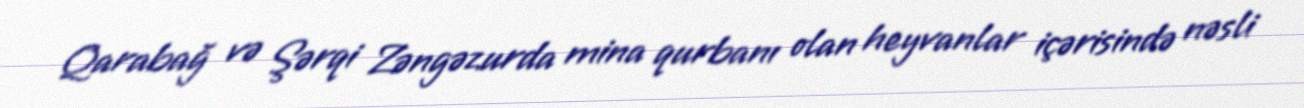
Qarabağ və Şərqi Zəngəzurda mina qurbanı olan heyvanlar içərisində nəsli